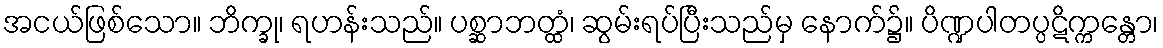
အငယ်ဖြစ်သော။ ဘိက္ခု၊ ရဟန်းသည်။ ပစ္ဆာဘတ္ထံ၊ ဆွမ်းရပ်ပြီးသည်မှ နောက်၌။ ပိဏ္ဍပါတပ္ပဋိက္ကန္တော၊